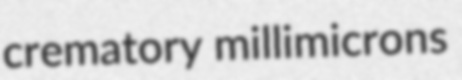
crematory millimicrons